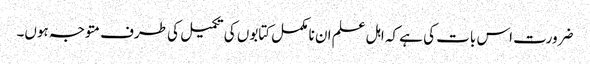
ضرورت اس بات کی ہے کہ اہل علم ان نا مکمل کتابوں کی تکمیل کی طرف متوجہ ہوں۔